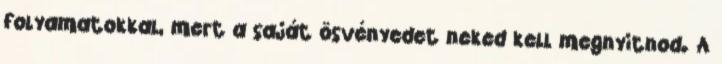
folyamatokkal, mert a saját ösvényedet neked kell megnyitnod. A